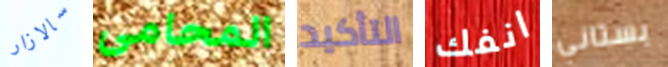
سالازار المحامى التأكيد انفك بستاني